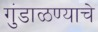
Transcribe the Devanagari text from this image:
गुंडाळण्याचे